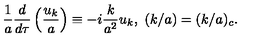
{ \frac { 1 } { a } } { \frac { d } { d \tau } } \left( { \frac { u _ { k } } { a } } \right) \equiv - i { \frac { k } { a ^ { 2 } } } u _ { k } , \ ( k / a ) = ( k / a ) _ { c } .